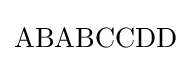
\mathrm {ABABCCDD}